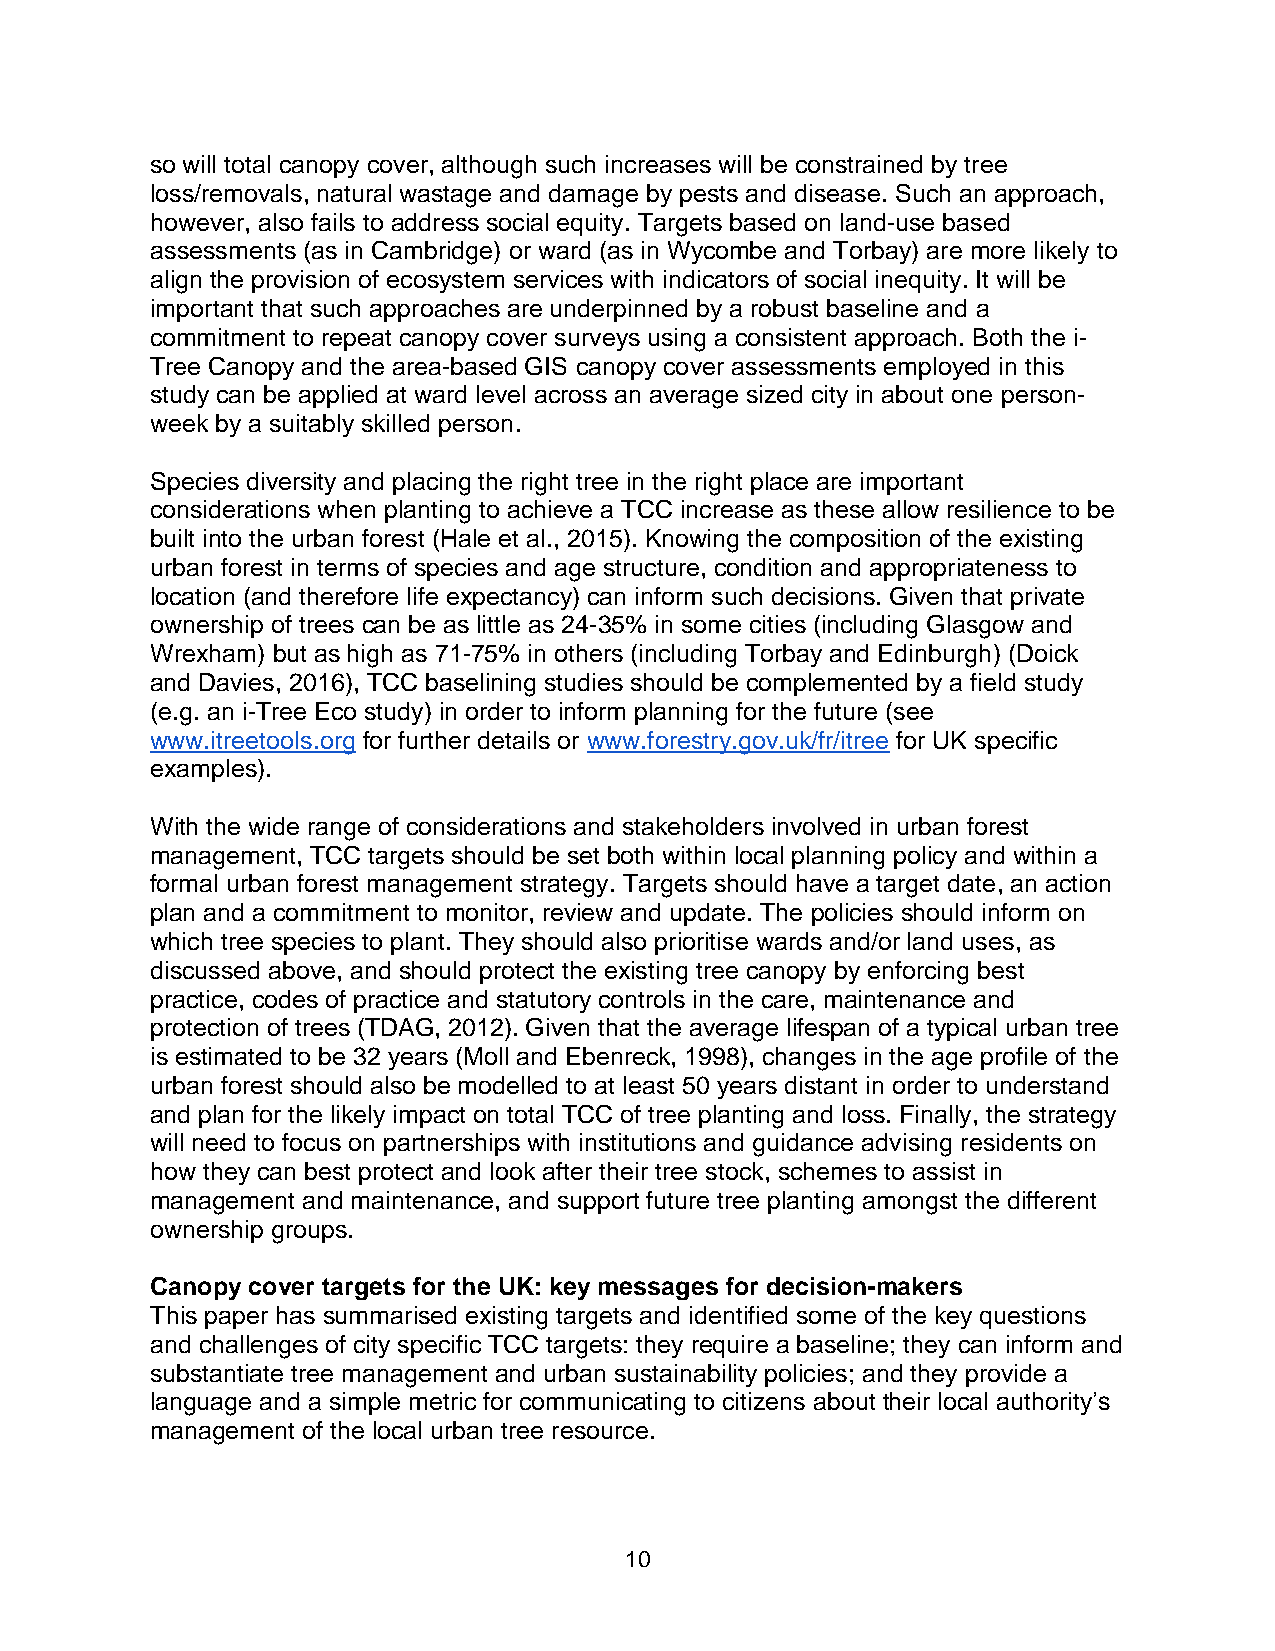
so will total canopy cover, although such increases will be constrained by tree
 loss/removals, natural wastage and damage by pests and disease. Such an approach,
 however, also fails to address social equity. Targets based on land-use based
 assessments (as in Cambridge) or ward (as in Wycombe and Torbay) are more likely to
 align the provision of ecosystem services with indicators of social inequity. It will be
 important that such approaches are underpinned by a robust baseline and a
 commitment to repeat canopy cover surveys using a consistent approach. Both the i-
 Tree Canopy and the area-based GIS canopy cover assessments employed in this
 study can be applied at ward level across an average sized city in about one person-
 week by a suitably skilled person.
 Species diversity and placing the right tree in the right place are important
 considerations when planting to achieve a TCC increase as these allow resilience to be
 built into the urban forest (Hale et al., 2015). Knowing the composition of the existing
 urban forest in terms of species and age structure, condition and appropriateness to
 location (and therefore life expectancy) can inform such decisions. Given that private
 ownership of trees can be as little as 24-35% in some cities (including Glasgow and
 Wrexham) but as high as 71-75% in others (including Torbay and Edinburgh) (Doick
 and Davies, 2016), TCC baselining studies should be complemented by a field study
 (e.g. an i-Tree Eco study) in order to inform planning for the future (see
 www.itreetools.org for further details or www.forestry.gov.uk/fr/itree for UK specific
 examples).
 With the wide range of considerations and stakeholders involved in urban forest
 management, TCC targets should be set both within local planning policy and within a
 formal urban forest management strategy. Targets should have a target date, an action
 plan and a commitment to monitor, review and update. The policies should inform on
 which tree species to plant. They should also prioritise wards and/or land uses, as
 discussed above, and should protect the existing tree canopy by enforcing best
 practice, codes of practice and statutory controls in the care, maintenance and
 protection of trees (TDAG, 2012). Given that the average lifespan of a typical urban tree
 is estimated to be 32 years (Moll and Ebenreck, 1998), changes in the age profile of the
 urban forest should also be modelled to at least 50 years distant in order to understand
 and plan for the likely impact on total TCC of tree planting and loss. Finally, the strategy
 will need to focus on partnerships with institutions and guidance advising residents on
 how they can best protect and look after their tree stock, schemes to assist in
 management and maintenance, and support future tree planting amongst the different
 ownership groups.
 Canopy cover targets for the UK: key messages for decision-makers
 This paper has summarised existing targets and identified some of the key questions
 and challenges of city specific TCC targets: they require a baseline; they can inform and
 substantiate tree management and urban sustainability policies; and they provide a
 language and a simple metric for communicating to citizens about their local authority’s
 management of the local urban tree resource.
 10